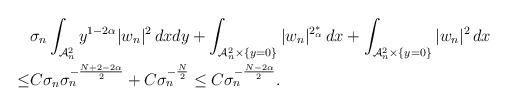
LaTeX: \begin{align*}&\sigma_n\int_{\mathcal{A}_n^2}y^{1-2\alpha}|w_n|^{2}\,dxdy+\int_{\mathcal{A}_n^2\times\{y=0\}}|w_n|^{2^*_\alpha}\,dx +\int_{\mathcal{A}_n^2\times\{y=0\}}|w_n|^{2}\,dx\\\le &C\sigma_n\sigma_n^{-\frac {N+2-2\alpha}2}+ C\sigma_n^{-\frac{N}{2}}\le C\sigma_n^{-\frac{N-2\alpha}2}.\end{align*}